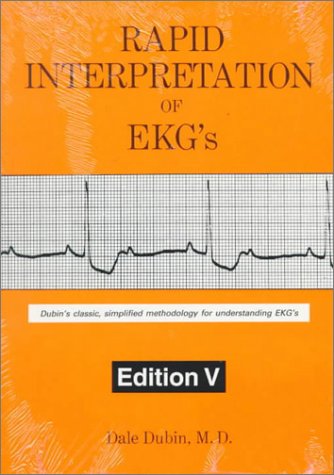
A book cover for Rapid Interpretation of EKG's: Dubin's Classic, Simplified Methodology for Understanding EKG's, 5th Edition; Dale Dubin; Medical Books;